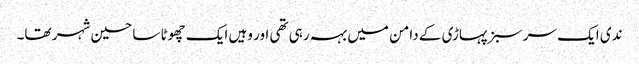
ندی ایک سر سبز پہاڑی کے دامن میں بہہ رہی تھی اور وہیں ایک چھوٹا سا حسین شہر تھا۔